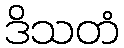
ဒိသတံ